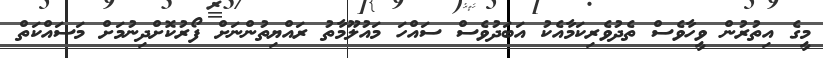
މީގެ އިތުރުން ވީހާވެސް ތެދުވެރިކަމާއެކު އަބަދުވެސް ސައްހަ މައުލޫމާތު ރައްޔިތުންނަށް ފޯރުކޮށްދިނުމަށް މަސައްކަތް